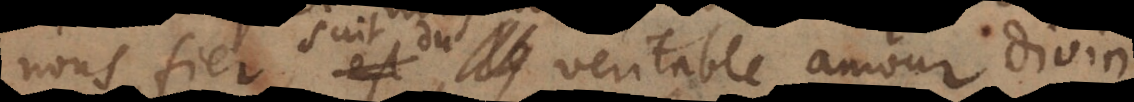
suit du veritable amour divin,